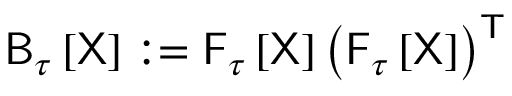
\mathsf { B } _ { \tau } \left[ \mathsf { X } \right] : = { \sf F } _ { \tau } \left[ \sf X \right] \left( \mathsf { F } _ { \tau } \left[ \sf X \right] \right) ^ { \sf T }